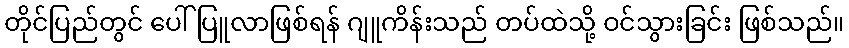
တိုင်ပြည်တွင် ပေါ်ပြူလာဖြစ်ရန် ဂျူကိန်းသည် တပ်ထဲသို့ ဝင်သွားခြင်း ဖြစ်သည်။